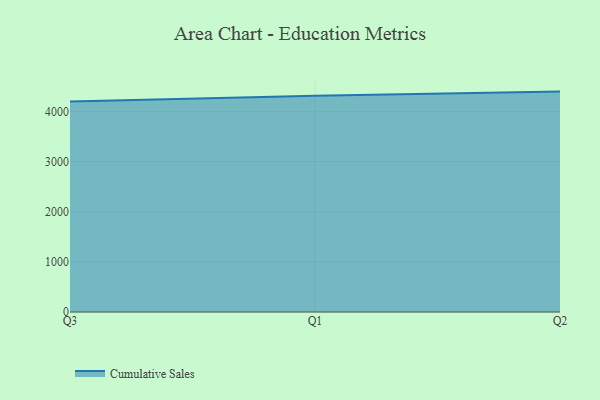
{"axis": {"x": "Quarter", "y": "Headcount"}, "legend": ["Cumulative Sales"], "data": [{"x": "Q3", "y": 4196.6, "type": "Cumulative Sales"}, {"x": "Q1", "y": 4310.3, "type": "Cumulative Sales"}, {"x": "Q2", "y": 4394.8, "type": "Cumulative Sales"}]}